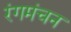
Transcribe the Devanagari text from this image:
रंगमंचन